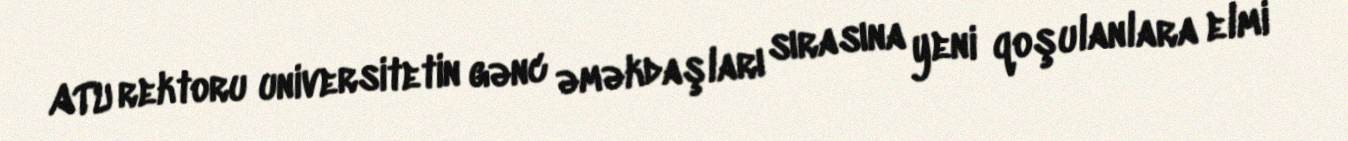
ATU rektoru universitetin gənc əməkdaşları sırasına yeni qoşulanlara elmi